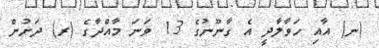
(ނ) އާއި ހަވާލާދީ އެ ގާނޫނުގެ 13 ވަނަ މާއްދާގެ (ރ) ދަށުން